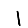
Digit: 1